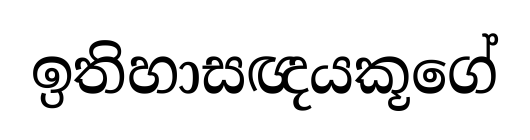
ඉතිහාසඥයකූගේ